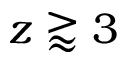
z \gtrapprox 3